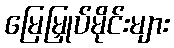
မြေမြှုပ်မိုင်းများ